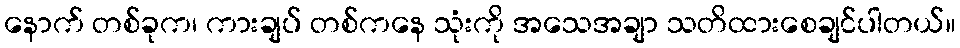
နောက် တစ်ခုက၊ ကားချပ် တစ်ကနေ သုံးကို အသေအချာ သတိထားစေချင်ပါတယ်။